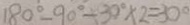
1 8 0 ^ { \circ } - 9 0 ^ { \circ } + 3 0 ^ { \circ } - 2 = 3 0 ^ { \circ }